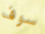
سوف